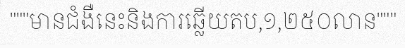
"""មានជំងឺនេះនិងការឆ្លើយតប,១,២៥០លាន"""